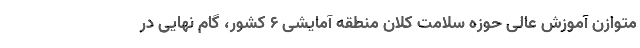
متوازن آموزش عالی حوزه سلامت کلان منطقه آمایشی ۶ کشور، گام نهایی در